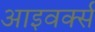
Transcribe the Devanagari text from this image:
आइवर्क्स